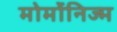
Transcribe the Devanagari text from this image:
मोर्मोनिज्म